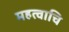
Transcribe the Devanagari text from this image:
महत्वाचि